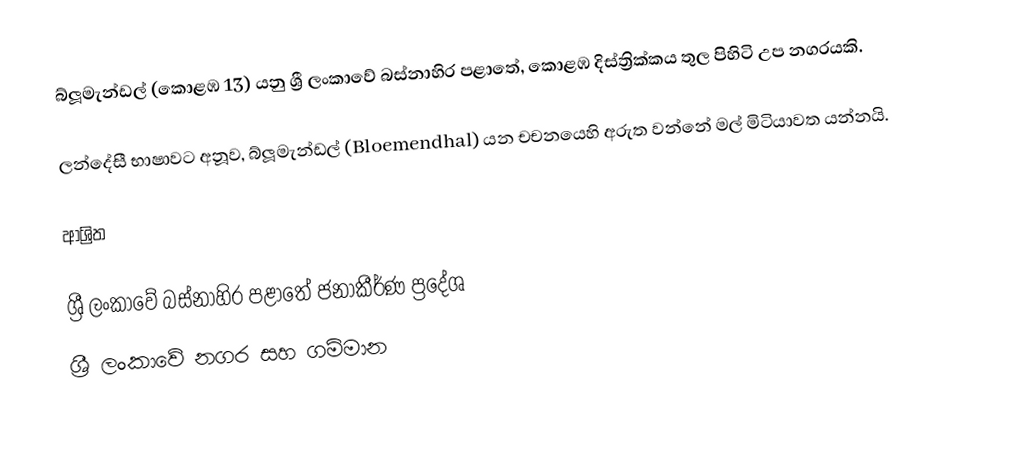
බ්ලූමැන්ඩල් (කොළඹ 13) යනු ශ්‍රී ලංකාවේ බස්නාහිර පළාතේ, කොළඹ දිස්ත්‍රික්කය තුල පිහිටි උප නගරයකි.

ලන්දේසී භාෂාවට අනූව, බ්ලූමැන්ඩල් (Bloemendhal) යන චචනයෙහි අරුත වන්නේ මල් මිටියාවත යන්නයි.

ආශ්‍රිත

ශ්‍රී ලංකාවේ බස්නාහිර පළාතේ ජනාකීර්ණ ප්‍රදේශ
ශ්‍රී ලංකාවේ නගර සහ ගම්මාන